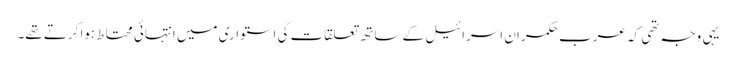
یہی وجہ تھی کہ عرب حکمران اسرائیل کے ساتھ تعلقات کی استواری میں انتہائی محتاط ہوا کرتے تھے۔